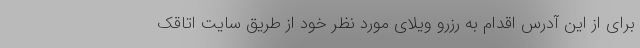
برای از این آدرس اقدام به رزرو ویلای مورد نظر خود از طریق سایت اتاقک